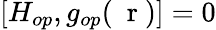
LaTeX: \left[H_{op},g_{op}(\mathrm{~\mathbf~r~})\right]=0